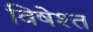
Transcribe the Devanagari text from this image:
विषेश्त